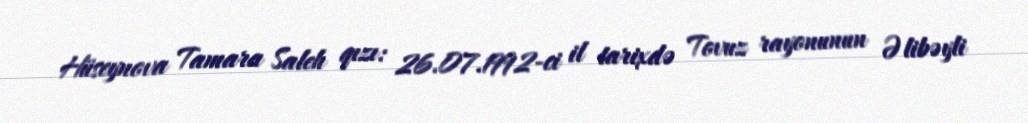
Hüseynova Tamara Saleh qızı: 26.07.1992-ci il tarixdə Tovuz rayonunun Əlibəyli